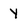
Character: y